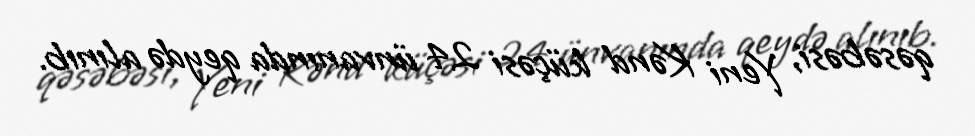
qəsəbəsi, Yeni Kənd küçəsi 24 ünvanında qeydə alınıb.